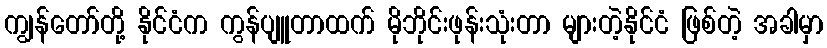
ကျွန်တော်တို့ နိုင်ငံက ကွန်ပျူတာထက် မိုဘိုင်းဖုန်းသုံးတာ များတဲ့နိုင်ငံ ဖြစ်တဲ့ အခါမှာ